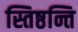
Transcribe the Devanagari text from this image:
स्तिष्ठन्ति